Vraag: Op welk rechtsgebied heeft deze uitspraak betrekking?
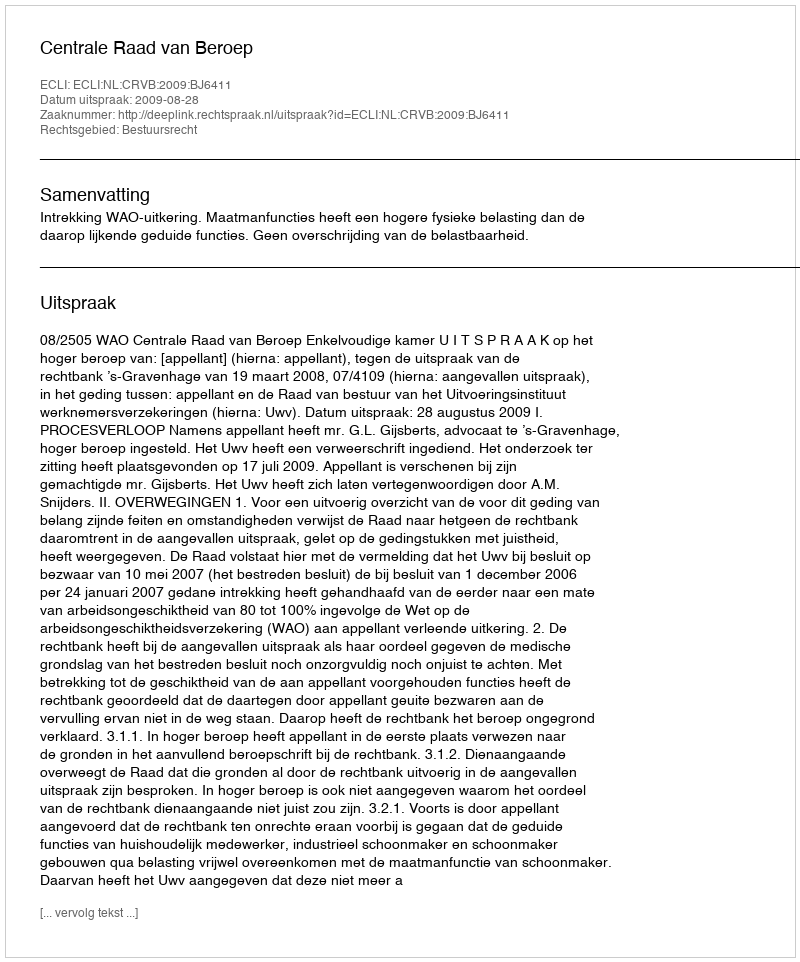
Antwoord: Bestuursrecht